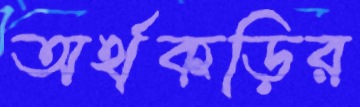
অর্থকড়ির